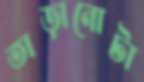
তাড়ানোটা